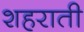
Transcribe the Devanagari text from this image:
शहराती